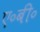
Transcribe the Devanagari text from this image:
ए॰बी॰